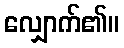
လျှောက်၏။